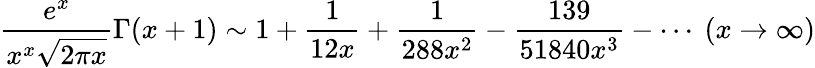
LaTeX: {\frac{e^{x}}{x^{x}{\sqrt{2\pi x}}}}\Gamma(x+1)\sim 1+{\frac{1}{12x}}+{\frac{1}{288x^{2}}}-{\frac{139}{51840x^{3}}}-\cdots\ (x\to\infty)